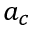
a _ { c }